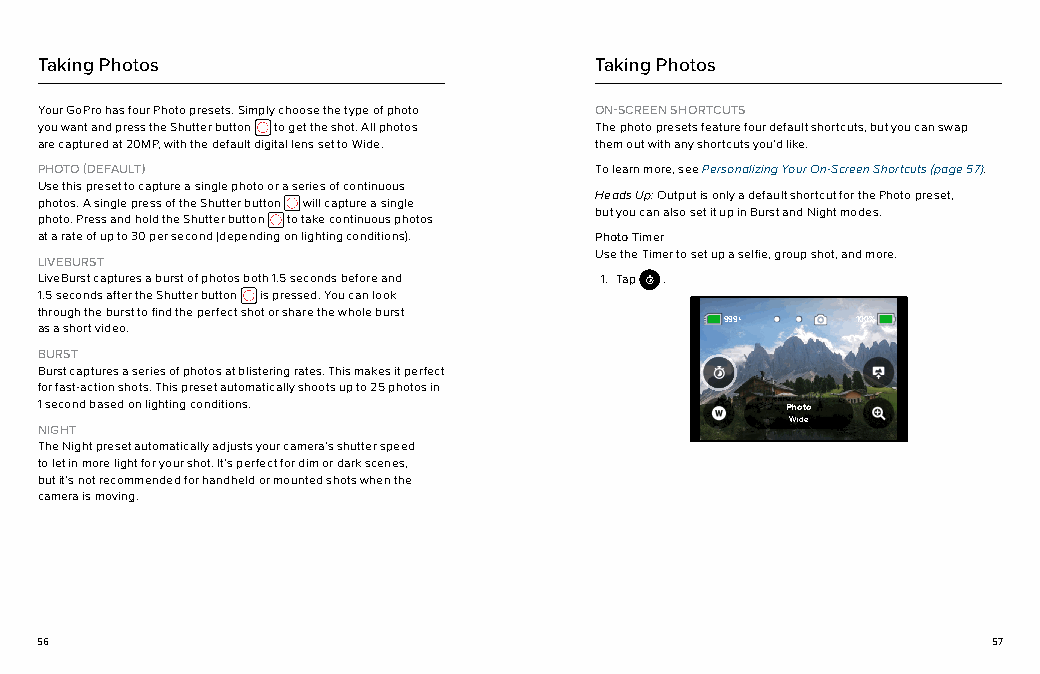
Taking Photos                        Taking Photos
 Your GoPro has four Photo presets. Simply choose the type of photo ON-SCREEN SHORTCUTS
 you want and press the Shutter button to get the shot. All photos The photo presets feature four default shortcuts, but you can swap
 are captured at 20MP, with the default digital lens set to Wide. them out with any shortcuts you’d like.
 PHOTO (DEFAULT)                      To learn more, see Personalizing Your On-Screen Shortcuts (page 57).
 Use this preset to capture a single photo or a series of continuous
 Heads Up: Output is only a default shortcut for the Photo preset,
 photos. A single press of the Shutter button will capture a single
 but you can also set it up in Burst and Night modes.
 photo. Press and hold the Shutter button to take continuous photos
 at a rate of up to 30 per second (depending on lighting conditions). Photo Timer
 Use the Timer to set up a selfie, group shot, and more.
 LIVEBURST
 LiveBurst captures a burst of photos both 1.5 seconds before and 1. Tap .
 1.5 seconds after the Shutter button is pressed. You can look
 through the burst to find the perfect shot or share the whole burst
 as a short video.                             999+ 100% 100%
 BURST
 Burst captures a series of photos at blistering rates. This makes it perfect
 for fast-action shots. This preset automatically shoots up to 25 photos in
 1 second based on lighting conditions.            Photo
 Wide
 NIGHT
 The Night preset automatically adjusts your camera’s shutter speed
 to let in more light for your shot. It’s perfect for dim or dark scenes,
 but it’s not recommended for handheld or mounted shots when the
 camera is moving.
 56                                                              57